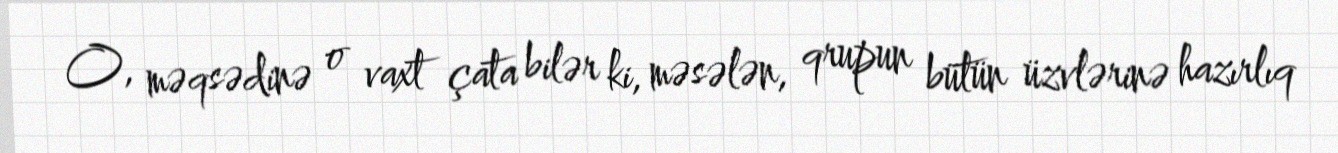
O, məqsədinə o vaxt çata bilər ki, məsələn, qrupun bütün üzvlərinə hazırlıq